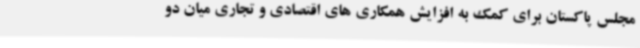
مجلس پاکستان برای کمک به افزایش همکاری های اقتصادی و تجاری میان دو